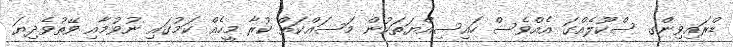
ޑްރައިވިންގ ސްކޫލެއްގަ އެއްވެސް ހައިސިއްޔަތަކުން މަސައްކަތް ކުރާ މީހެއް ކަމުގައި ނުވުމާއި ވޭތުވެދިޔަ